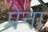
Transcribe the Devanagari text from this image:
प्रेना